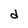
Character: d